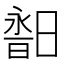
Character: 𣉣